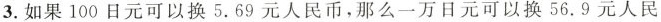
3. 如果100日元可以换 5.69 元人民币，那么一万日元可以换 56.9 元人民